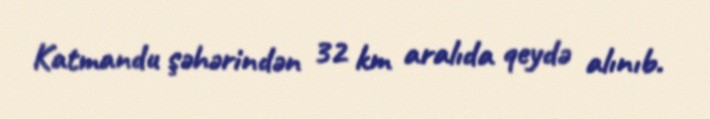
Katmandu şəhərindən 32 km aralıda qeydə alınıb.